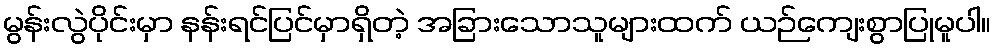
မွန်းလွဲပိုင်းမှာ နန်းရင်ပြင်မှာရှိတဲ့ အခြားသောသူများထက် ယဉ်ကျေးစွာပြုမူပါ။